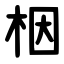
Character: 栶